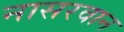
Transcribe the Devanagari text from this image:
नासरवान